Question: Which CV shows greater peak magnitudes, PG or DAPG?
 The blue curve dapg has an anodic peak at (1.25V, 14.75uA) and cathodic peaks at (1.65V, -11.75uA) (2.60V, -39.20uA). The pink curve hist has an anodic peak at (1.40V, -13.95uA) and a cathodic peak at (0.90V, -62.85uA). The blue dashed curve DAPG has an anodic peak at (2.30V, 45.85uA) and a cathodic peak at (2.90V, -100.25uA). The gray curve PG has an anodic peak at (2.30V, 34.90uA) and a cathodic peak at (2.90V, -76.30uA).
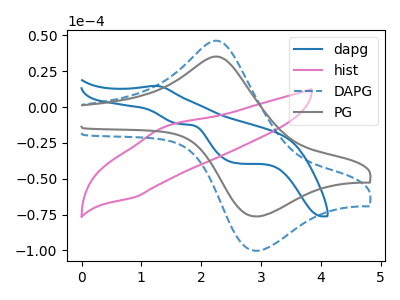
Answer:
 <answer>Every peak in "PG" is lower than every peak in "DAPG".</answer>
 <eval>lower</eval>